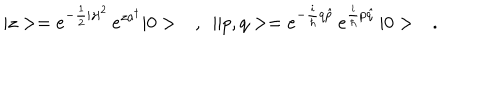
| z > = e ^ { - \frac { 1 } { 2 } | z | ^ { 2 } } \, e ^ { z a ^ { \dagger } } | 0 > \ \ \ , \ \ \| p , q > = e ^ { - \frac { i } { \hbar } q \hat { p } } \, e ^ { \frac { i } { \hbar } p \hat { q } } \, | 0 > \ \ \ .